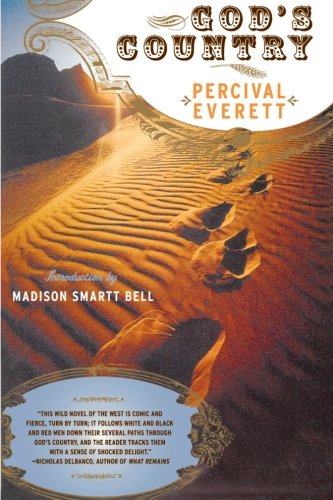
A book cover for God's Country; Percival Everett; Literature & Fiction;